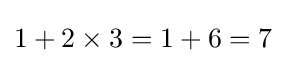
1+2\times 3=1+6=7